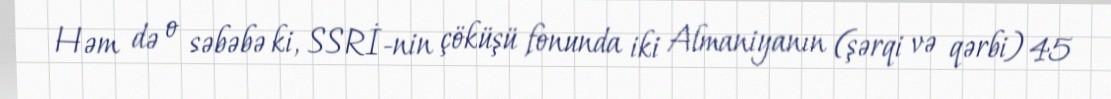
Həm də o səbəbə ki, SSRİ-nin çöküşü fonunda iki Almaniyanın (şərqi və qərbi) 45